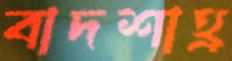
বাদশাহ্র